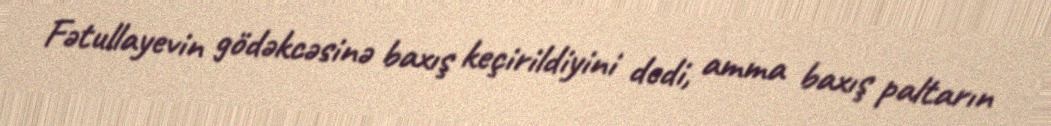
Fətullayevin gödəkcəsinə baxış keçirildiyini dedi, amma baxış paltarın